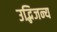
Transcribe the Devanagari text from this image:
उद्भिजन्य